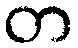
တ